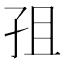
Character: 𭒽